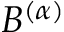
B ^ { ( \alpha ) }